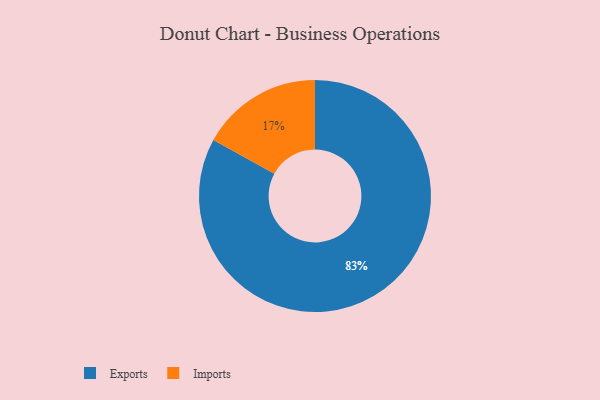
{"axis": {"x": "Category", "y": "Percentage"}, "legend": ["Exports", "Imports"], "data": [{"x": "Exports", "y": 83, "type": "Exports"}, {"x": "Imports", "y": 17, "type": "Imports"}]}